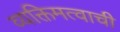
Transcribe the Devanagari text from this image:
व्यक्तिमत्वाची